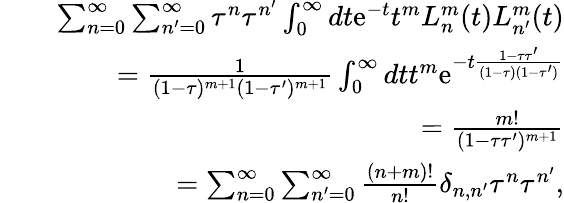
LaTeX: \begin{array}{rlr}&{}&{\sum_{n=0}^{\infty}\sum_{n^{\prime}=0}^{\infty}\tau^{n}\tau^{n^{\prime}}\int_{0}^{\infty}dt\mathrm{e}^{-t}t^{m}L_{n}^{m}(t)L_{n^{\prime}}^{m}(t)}\\ &{}&{=\frac{1}{(1-\tau)^{m+1}(1-\tau^{\prime})^{m+1}}\int_{0}^{\infty}dtt^{m}\mathrm{e}^{-t\frac{1-\tau\tau^{\prime}}{(1-\tau)(1-\tau^{\prime})}}}\\ &{}&{=\frac{m!}{(1-\tau\tau^{\prime})^{m+1}}}\\ &{}&{=\sum_{n=0}^{\infty}\sum_{n^{\prime}=0}^{\infty}\frac{(n+m)!}{n!}\delta_{n,n^{\prime}}\tau^{n}\tau^{n^{\prime}},}\end{array}